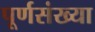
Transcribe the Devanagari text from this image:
पूर्णसंख्या